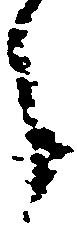
之